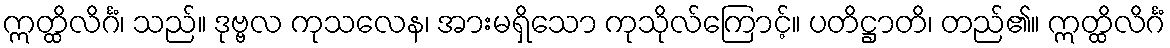
ဣတ္ထိလိင်္ဂံ၊ သည်။ ဒုဗ္ဗလ ကုသလေန၊ အားမရှိသော ကုသိုလ်ကြောင့်။ ပတိဋ္ဌာတိ၊ တည်၏။ ဣတ္ထိလိင်္ဂံ